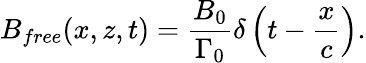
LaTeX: B_{free}(x,z,t)=\frac{B_{0}}{\Gamma_{0}}\delta\left(t-\frac{x}{c}\right).